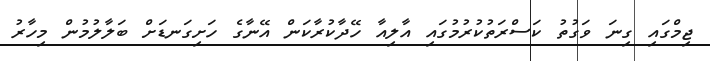
ޖިމްގައި ގިނަ ވަގުތު ކަސްރަތުކުރުމުގައި އާލިއާ ހޭދާކުރާކަން އޭނާގެ ހަށިގަނޑަށް ބަލާލުމުން މިހާރު